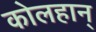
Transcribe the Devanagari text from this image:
कोलहान्